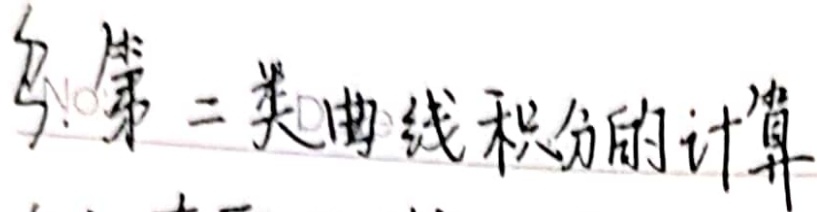
5. 第二类曲线积分的计算